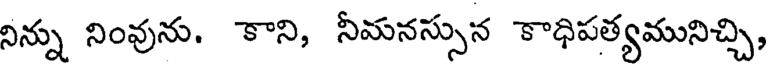
నిన్ను నింవును. కాని, నీమనస్సున కాధిపత్యమునిచ్చి,